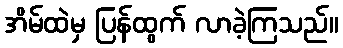
အိမ်ထဲမှ ပြန်ထွက် လာခဲ့ကြသည်။